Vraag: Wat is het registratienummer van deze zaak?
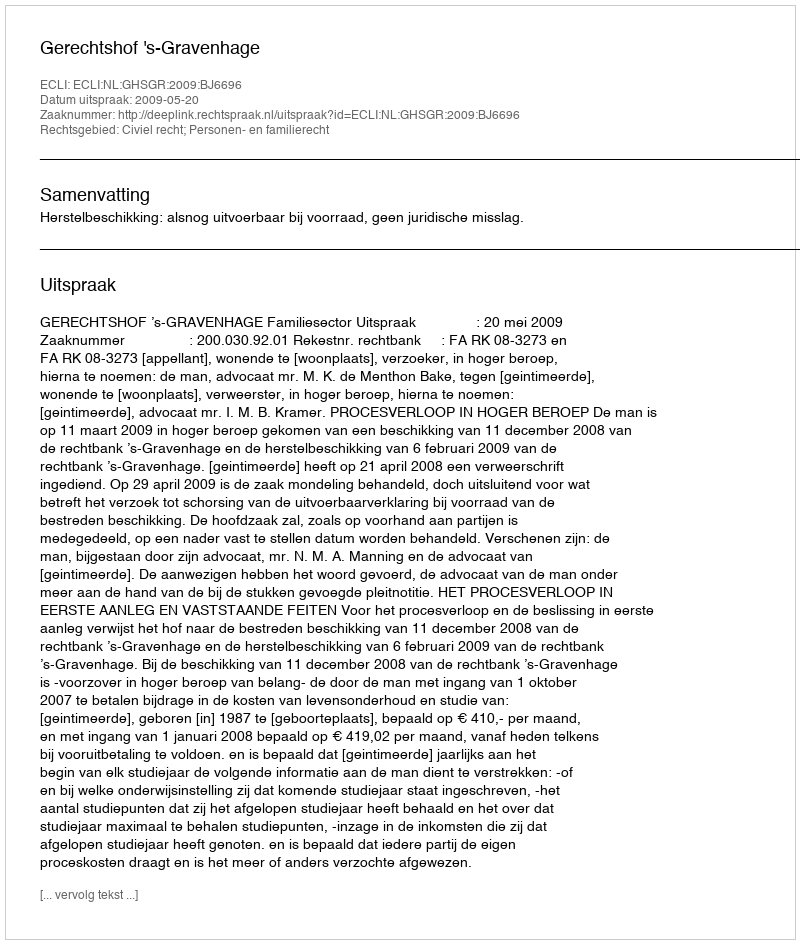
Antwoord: http://deeplink.rechtspraak.nl/uitspraak?id=ECLI:NL:GHSGR:2009:BJ6696